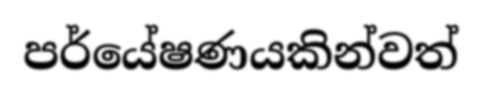
පර්යේෂණයකින්වත්